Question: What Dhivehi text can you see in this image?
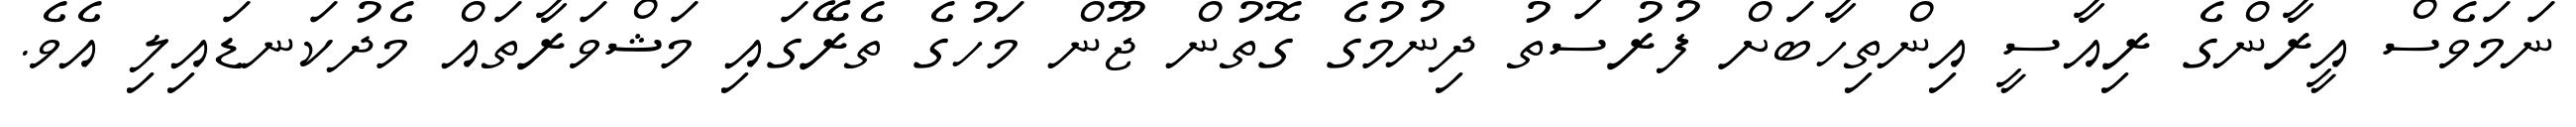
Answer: ނަމަވެސް އީރާންގެ ރިއާސީ އިންތިހާބަށް ފުރުސަތު ދިނުމުގެ ގޮތުން ޖޫން މަހުގެ ތެރޭގައި މަޝްވަރާތައް މެދުކަނޑައިލި އެވެ.